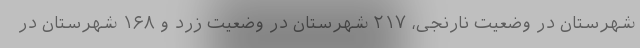
شهرستان در وضعیت نارنجی، ۲۱۷ شهرستان در وضعیت زرد و ۱۶۸ شهرستان در